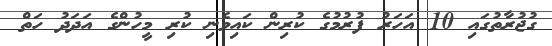
ގުޖުރާތުގައި 10 އަހަރު ފުރުމުގެ ކުރިން ކައިވެނި ކުރި މީހުންގެ އަދަދު ހަތް